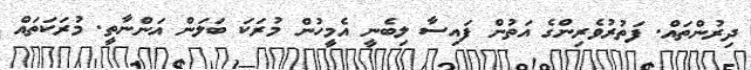
ދިރުންތައް. ފަތުރުވެރިންގެ އަތުން ފައިސާ ލިބެނީ އެމީހުން މުރަކަ ބަލަން އަންނާތީ. މުރަކަތައް